Lunatic asylums United Provinces 1899-1908 - 1899-1908
Year: 1899
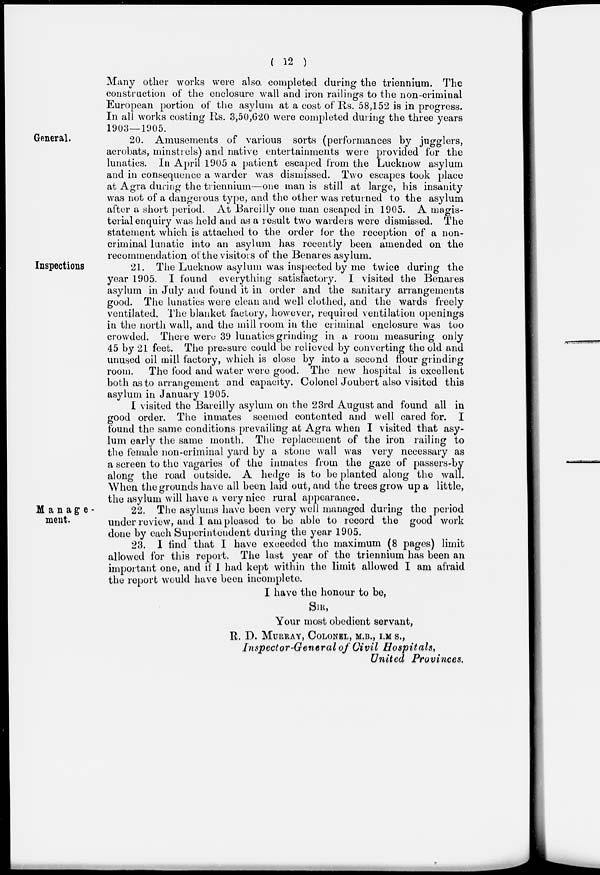
( 12 )
Many other works were also completed during the triennium. The
construction of the enclosure wall and iron railings to the non-criminal
European portion of the asylum at a cost of Rs. 58,152 is in progress.
In all works costing Rs. 3,50,620 were completed during the three years
1903—1905.
General.
20. Amusements of various sorts (performances by jugglers,
acrobats, minstrels) and native entertainments were provided for the
lunatics. In April 1905 a patient escaped from the Lucknow asylum
and in consequence a warder was dismissed. Two escapes took place
at Agra during the triennium—one man is still at large, his insanity
was not of a dangerous type, and the other was returned to the asylum
after a short period. At Bareilly one man escaped in 1905. A magis-
terial enquiry was held and as a result two warders were dismissed. The
statement which is attached to the order for the reception of a non-
criminal lunatic into an asylum has recently been amended on the
recommendation of the visitors of the Benares asylum.
Inspections
21. The Lucknow asylum was inspected by me twice during the
year 1905. I found everything satisfactory. I visited the Benares
asylum in July and found it in order and the sanitary arrangements
good. The lunatics were clean and well clothed, and the wards freely
ventilated. The blanket factory, however, required ventilation openings
in the north wall, and the mill room in the criminal enclosure was too
crowded. There were 39 lunatics grinding in a room measuring only
45 by 21 feet. The pressure could be relieved by converting the old and
unused oil mill factory, which is close by into a second flour grinding
room. The food and water were good. The new hospital is excellent
both as to arrangement and capacity. Colonel Joubert also visited this
asylum in January 1905.
I visited the Bareilly asylum on the 23rd August and found all in
good order. The inmates seemed contented and well cared for. I
found the same conditions prevailing at Agra when I visited that asy-
lum early the same month. The replacement of the iron railing to
the female non-criminal yard by a stone wall was very necessary as
a screen to the vagaries of the inmates from the gaze of passers-by
along the road outside. A hedge is to be planted along the wall.
When the grounds have all been laid out, and the trees grow up a little,
the asylum will have a very nice rural appearance.
Manage-
ment.
22. The asylums have been very well managed during the period
under review, and 1 am pleased to be able to record the good work
done by each Superintendent during the year 1905.
23. I find that I have exceeded the maximum (8 pages) limit
allowed for this report. The last year of the triennium has been an
important one, and if I had kept within the limit allowed I am afraid
the report would have been incomplete.
I have the honour to be,
SIR,
Your most obedient servant,
R. D. MURRAY, COLONEL, M.B., I.M. S.,
Inspector-General of Civil Hospitals,
United Provinces.